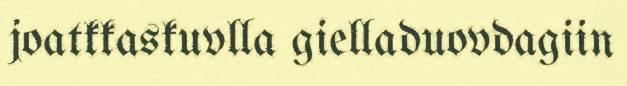
joatkkaskuvlla gielladuovdagiin